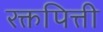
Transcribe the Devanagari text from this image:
रक्तपित्ती